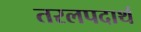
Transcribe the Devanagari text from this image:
तरलपदार्थ